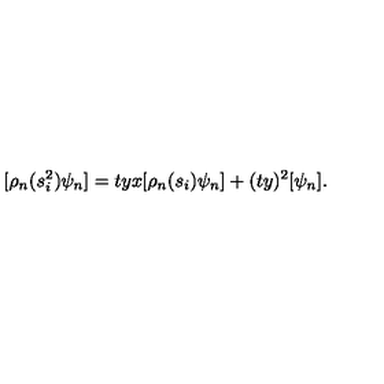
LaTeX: [ \rho _ { n } ( s _ { i } ^ { 2 } ) \psi _ { n } ] = t y x [ \rho _ { n } ( s _ { i } ) \psi _ { n } ] + ( t y ) ^ { 2 } [ \psi _ { n } ] .